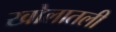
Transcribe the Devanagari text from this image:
खोलातली